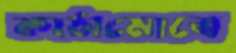
কাঠামোতে